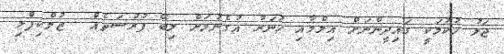
ޖަލު ހުކުމަކީ ގައިދީންނަށް އިލްމާއި ހުނަރު އުގެނުމަށް ލިބޭ ފުރުސަތެއް  ޒުލްކިފްލި